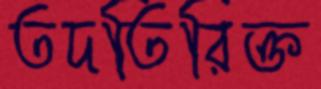
তদতিরিক্ত